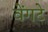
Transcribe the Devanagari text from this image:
वेंगटे